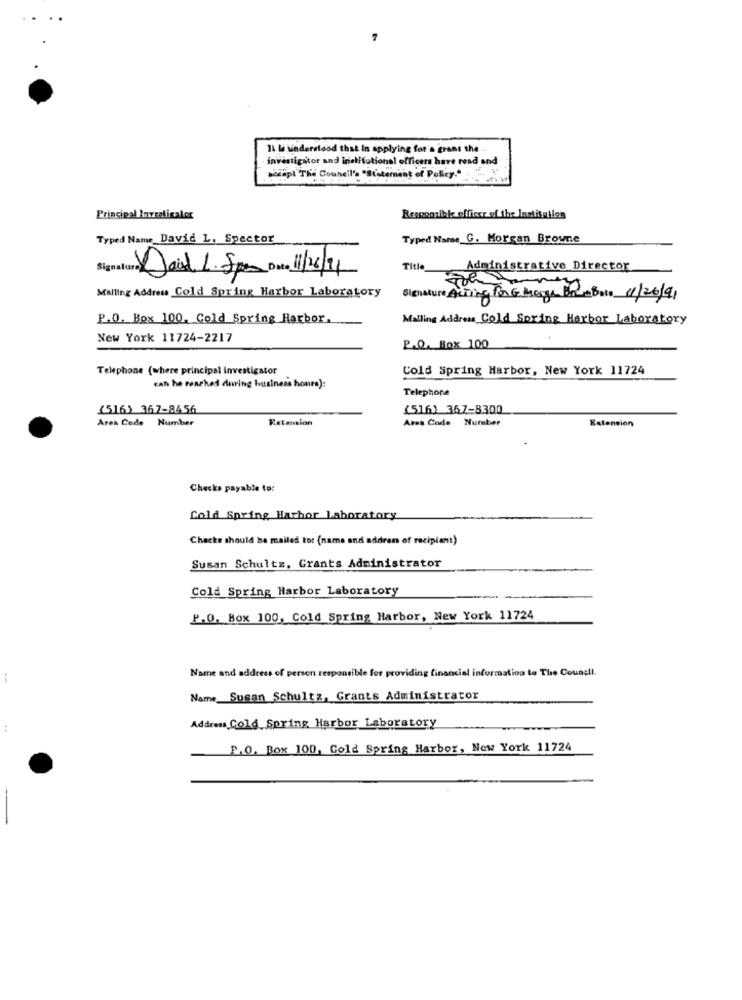
IL le sinderstood that in applying for's grant the
investigator and inielitutional officers have read and
Script The Council's "Statement of Policy."
Principal Invratigaler
Responsible officer of the Institution
Typed Name David L. Spector
Typed Name G. Morgan Browne
Title
Administrative Director
David L. Spam on /16/91
Malling Address Cold Spring Harbor Laboratory
Signature Acting For G Marge Bom Bato 1/26/91
P.O. Box 100, Cold Spring Harbor.
Mailing Address Cold Spring Harbor Laboratory
New York 11724-2217
P.O. Box 100
Telephone (where principal investigator
Cold Spring Harbor, New York 11724
can he reached during business hours):
Telephone
(516) 367-8456
(516) 367-8300
Area Code Number
Extension
Area Code Number
Extension
Checks payable to:
Cold Spring Harbor Laboratory
Chacke should be mailed to: (name and address of recipient)
Susan Schultz, Grants Administrator
Cold Spring Harbor Laboratory
P.O. Box 100, Cold Spring Harbor, New York 11724
Name and address of person responsible for providing financial information to The Council.
Name Susan Schultz, Grants Administrator
Address Cold Spring Harbor Laboratory
P.O. Box 100, Cold Spring Harbor, New York 11724